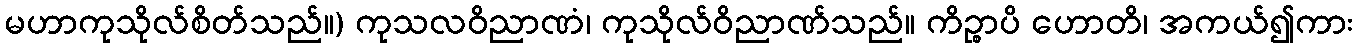
မဟာကုသိုလ်စိတ်သည်။) ကုသလဝိညာဏံ၊ ကုသိုလ်ဝိညာဏ်သည်။ ကိဉ္စာပိ ဟောတိ၊ အကယ်၍ကား